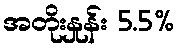
အတိုးနှုန်း 5.5%